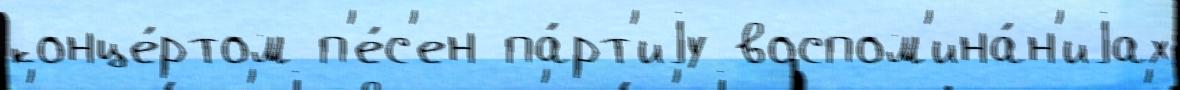
конце́ртом п'е́с'ен па́рт'иjу воспом'ина́н'иjах